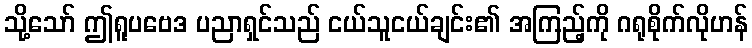
သို့သော် ဤရူပဗေဒ ပညာရှင်သည် ငယ်သူငယ်ချင်း၏ အကြည့်ကို ဂရုစိုက်လိုဟန်